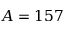
A = 1 5 7